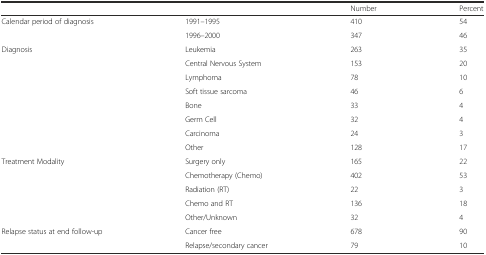
<table><thead><tr><td></td><td></td><td><b>Number</b></td><td><b>Percent</b></td></tr></thead><tbody><tr><td rowspan="2">Calendar period of diagnosis</td><td>1991–1995</td><td>410</td><td>54</td></tr><tr><td>1996–2000</td><td>347</td><td>46</td></tr><tr><td rowspan="8">Diagnosis</td><td>Leukemia</td><td>263</td><td>35</td></tr><tr><td>Central Nervous System</td><td>153</td><td>20</td></tr><tr><td>Lymphoma</td><td>78</td><td>10</td></tr><tr><td>Soft tissue sarcoma</td><td>46</td><td>6</td></tr><tr><td>Bone</td><td>33</td><td>4</td></tr><tr><td>Germ Cell</td><td>32</td><td>4</td></tr><tr><td>Carcinoma</td><td>24</td><td>3</td></tr><tr><td>Other</td><td>128</td><td>17</td></tr><tr><td rowspan="5">Treatment Modality</td><td>Surgery only</td><td>165</td><td>22</td></tr><tr><td>Chemotherapy (Chemo)</td><td>402</td><td>53</td></tr><tr><td>Radiation (RT)</td><td>22</td><td>3</td></tr><tr><td>Chemo and RT</td><td>136</td><td>18</td></tr><tr><td>Other/Unknown</td><td>32</td><td>4</td></tr><tr><td>Relapse status at end follow-up</td><td>Cancer free</td><td>678</td><td>90</td></tr><tr><td></td><td>Relapse/secondary cancer</td><td>79</td><td>10</td></tr></tbody></table>